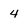
Character: 4